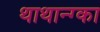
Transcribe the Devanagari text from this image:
थाथान्ग्का